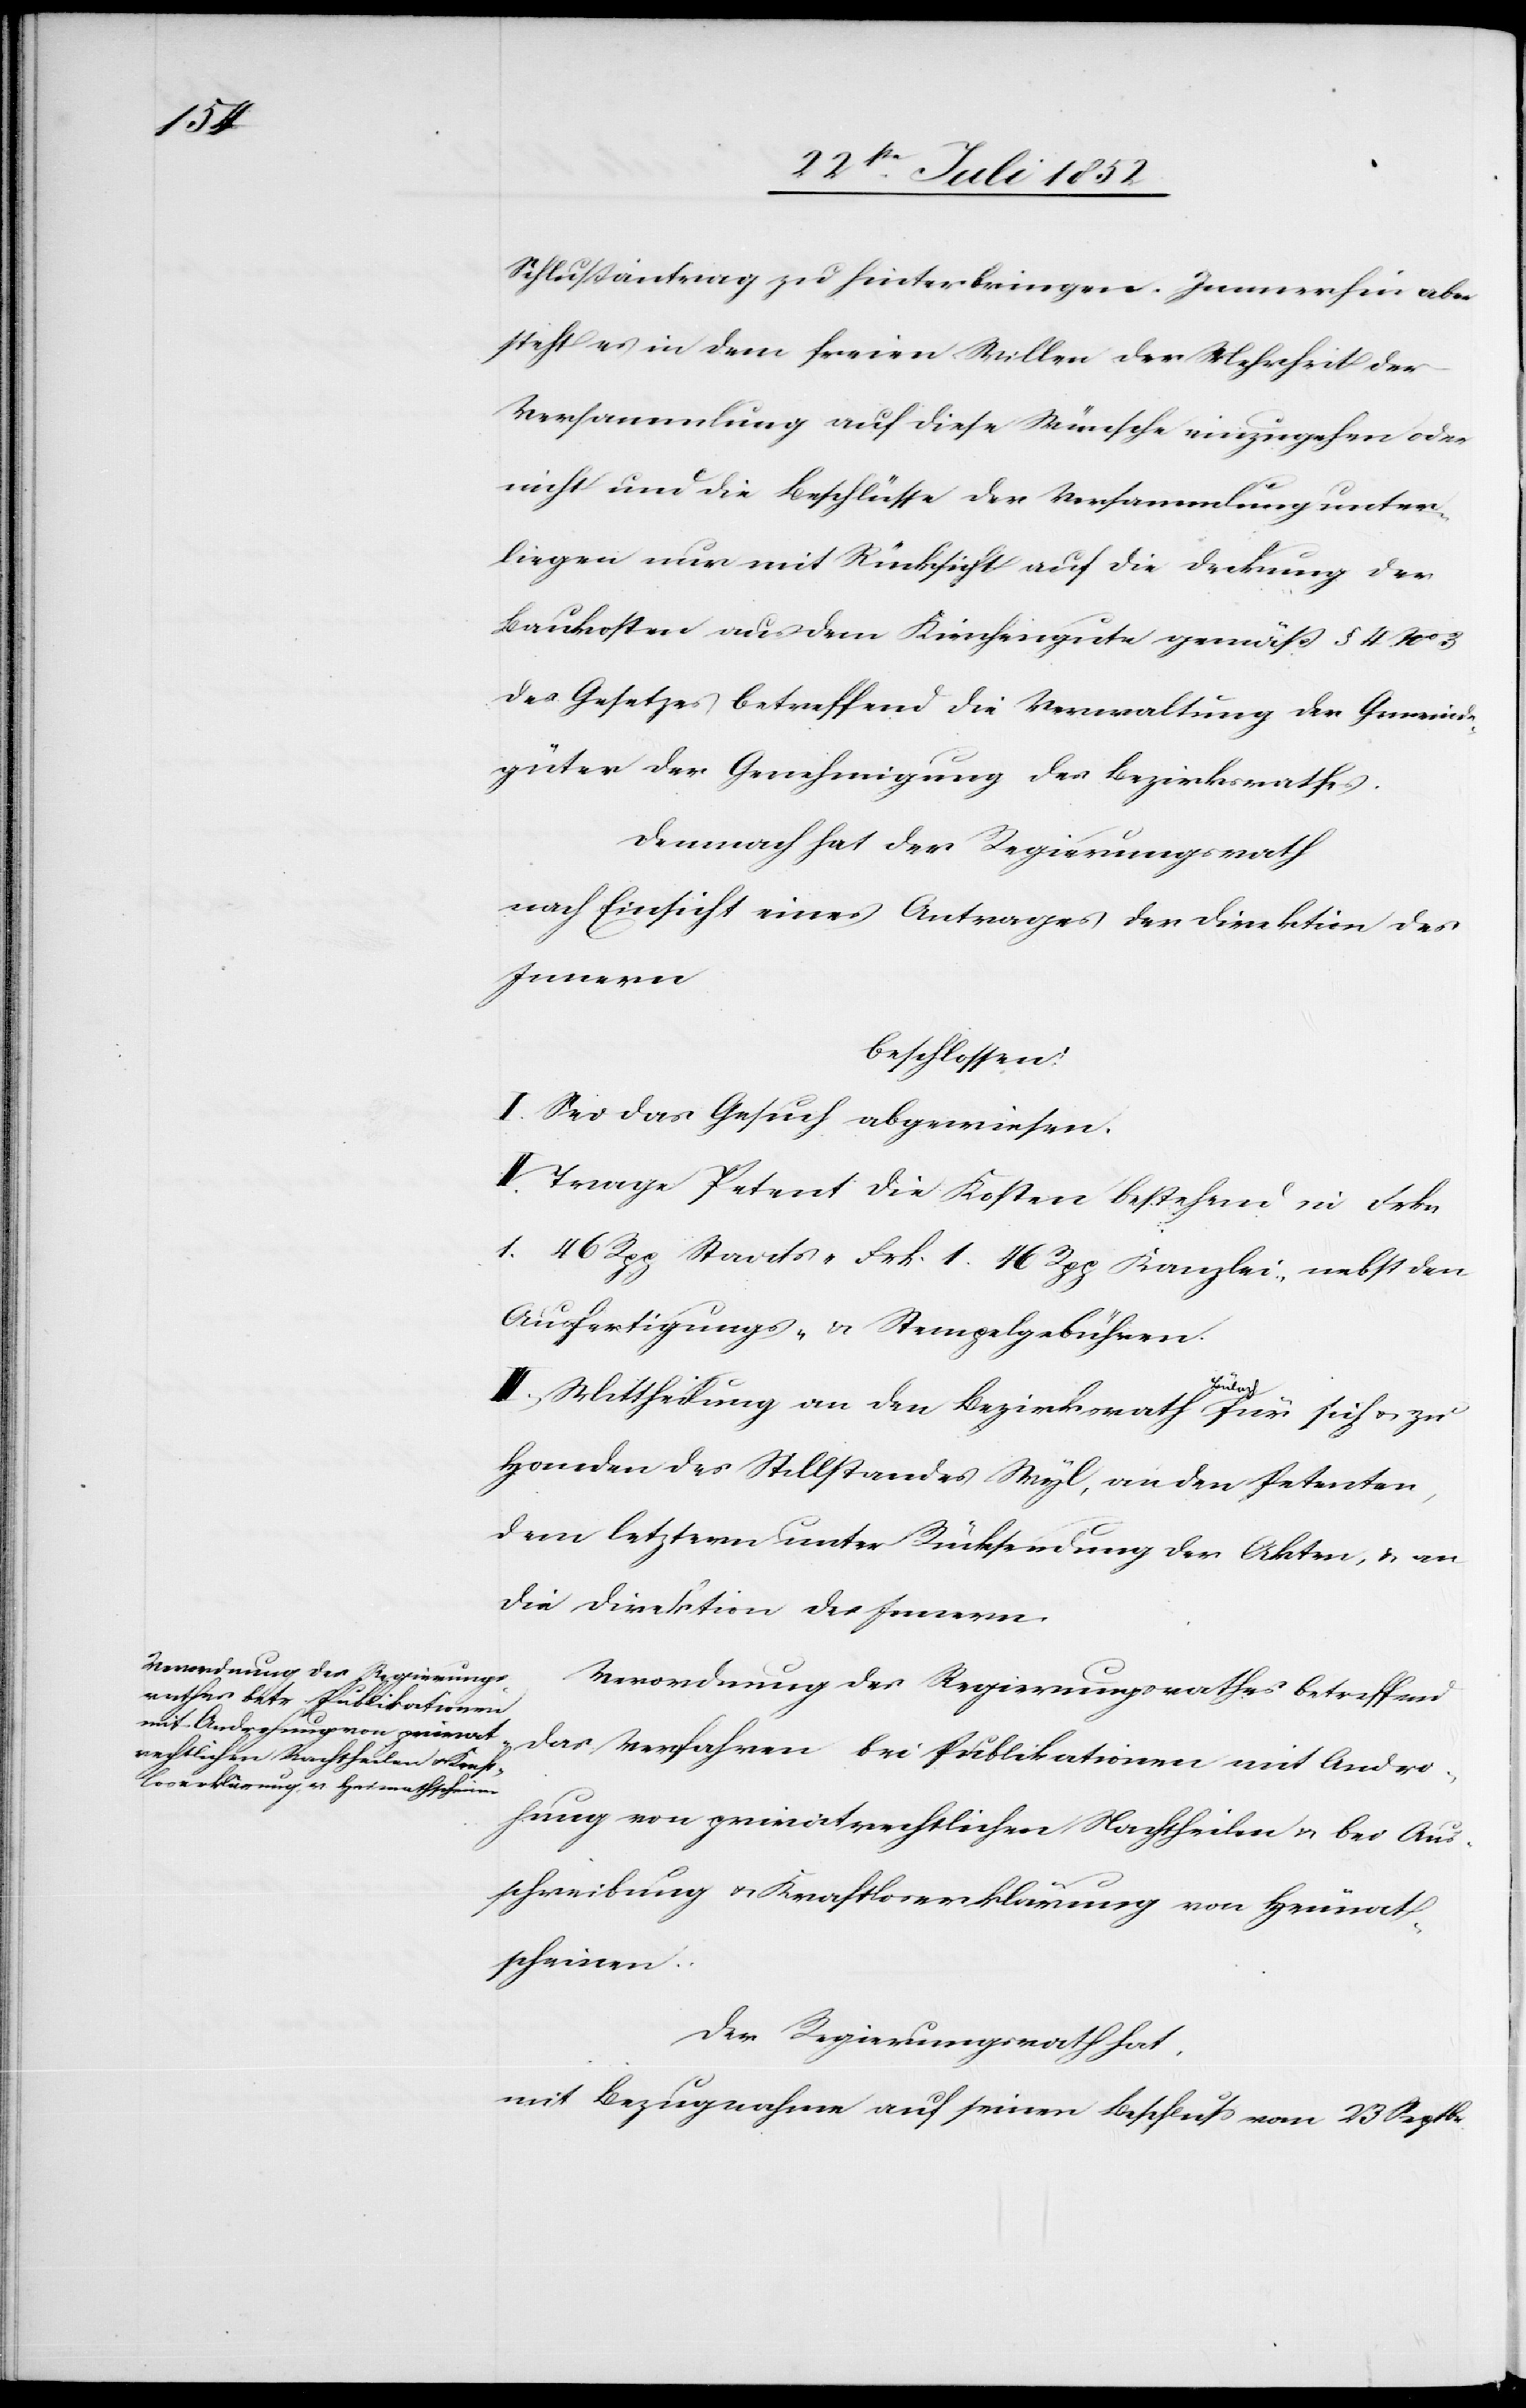
mit

Schlußantrag zu hinterbringen. Immerhin aber
steht es in dem freien Willen der Mehrheit der
r.
Versammlung auf diese Wünsche einzugehen oder
nicht und die Beschlüsse der Versammlung unter¬
liegen nur mit Rücksicht auf die Deckung der
Baukosten aus dem Kirchengute gemäß § 4 No 3
des Gesetzes betreffend die Verwaltung der Gemeinde¬
güter der Genehmigung des Bezirksrathes.
Demnach hat der Regierungsrath
nach Einsicht eines Antrages der Direktion des
Innern
beschlossen:
I. Sei das Gesuch abgewiesen.
II. Trage Petent die Kosten bestehend in Frkn
1. 46 Rpp Staats-[,] Frk. 1. 46 Rpp Kanzlei-[,] nebst den
Ausfertigungs- & Stempelgebühren.
III, Mittheilung an den Bezirksrath Bülach für sich & zu
Handen des Stillstandes Wyl, an den Petenten,
dem letztern unter Rücksendung der Akten, & an
die Direktion des Innern.
Verordnung des Regierungsrathes betreffend
fahren bei Publikationen
hung von privatrechtlichen Nachtheilen & bei Aus¬
schreibung & Kraftloserklärung von Heimat¬
scheinen.
Der Regierungsrath hat,
mit Bezugnahme auf seinen Beschluss vom 23 Septb¬